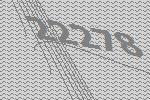
22278